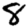
Digit: 8